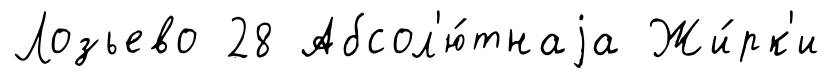
Лозьево 28 Абсол'ю́тнаjа Жи́рк'и